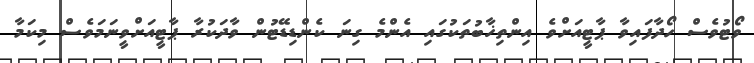
ވޯޓުވެސް ހޯދާފައިވާ ޕާޓީއަށްވެ އިންތިޚާބުތަކުގައި އެންމެ ގިނަ ކެންޑިޑޭޓުން ވާދަކުރާ ޕާޓީއަށްވީނަމަވެސް މިކަމާ